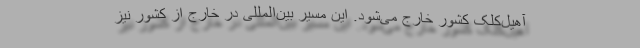
آهیل‌کلک کشور خارج می‌شود. این مسیر بین‌المللی در خارج از کشور نیز